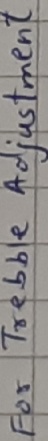
Text: For trebble adjustment